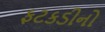
ફટકડીનો